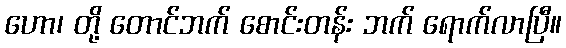
ဟော၊ တို့ တောင်ဘက် စောင်းတန်း ဘက် ရောက်လာပြီ။